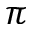
\pi